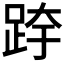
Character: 𰸉